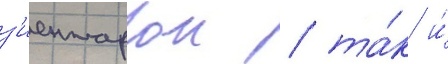
з'иентарои / та́к и́